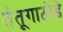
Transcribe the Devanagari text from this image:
तंतूगाठोडे